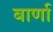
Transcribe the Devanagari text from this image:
बार्णा